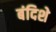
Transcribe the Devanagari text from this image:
बंदिशे